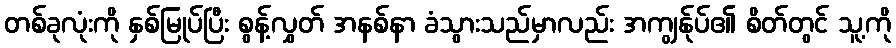
တစ်ခုလုံးကို နှစ်မြုပ်ပြီး စွန့်လွှတ် အနစ်နာ ခံသွားသည်မှာလည်း အကျွန်ုပ်၏ စိတ်တွင် သူ့ကို